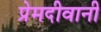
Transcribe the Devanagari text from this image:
प्रेमदीवानी